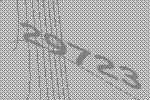
29723